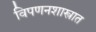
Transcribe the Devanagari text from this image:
विपणनशास्त्रात